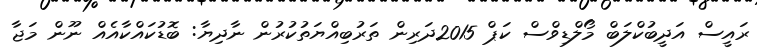
ރައީސް އަދީބުކްލަބް މޯލްޑިވްސް ކަޕް 2015ދަރިން ތަރުބިއްޔަތުކުރުން ނާދިޔާ: ބޮޑުކައްކާއެއް ނޫން މަޖާ